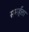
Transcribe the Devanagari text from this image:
समर्हत्ता